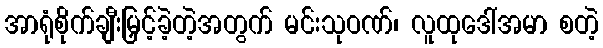
အာရုံစိုက်ချီးမြှင့်ခဲ့တဲ့အတွက် မင်းသုဝဏ်၊ လူထုဒေါ်အမာ စတဲ့